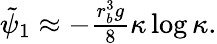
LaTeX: \begin{array}{r}{\tilde{\psi}_{1}\approx-\frac{r_{b}^{3}g}{8}\kappa\log\kappa.}\end{array}